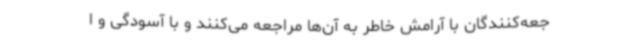
جعه‌کنندگان با آرامش خاطر به آن‌ها مراجعه می‌کنند و با آسودگی و ا